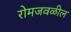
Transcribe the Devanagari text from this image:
रोमजवळील